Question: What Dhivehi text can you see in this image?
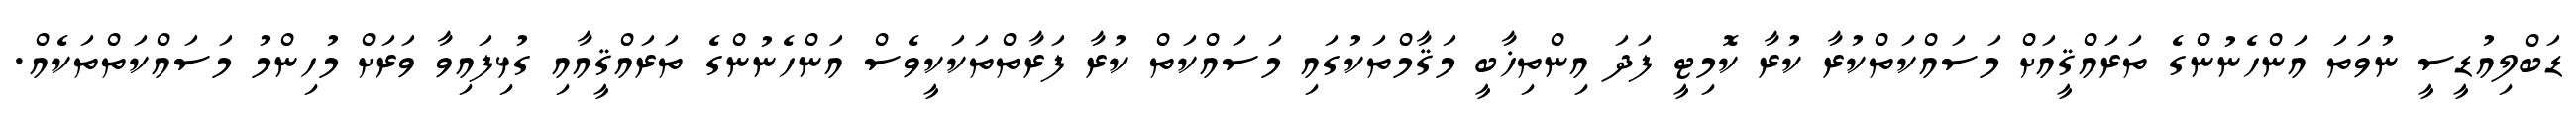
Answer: ޑަބްލިއުޑީސީ ނުވަތަ އަންހެނުންގެ ތަރައްޤީއަށް މަސައްކަތްކުރާ ކުރާ ކޮމިޓީ ފަދަ އިންތިޚާބީ މަޤާމްތަކުގައި މަސައްކަތް ކުރާ ފަރާތްތަކަކީވެސް އަންހެނުންގެ ތަރައްޤީއާއި ގުޅިފައިވާ ވަރަށް މުހިންމު މަސައްކަތްތަކެއް.